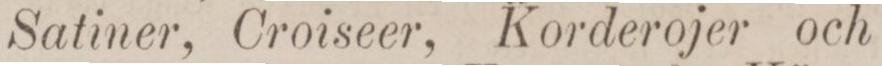
Satiner, Croiseer, Korderojer och